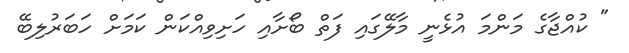
" ކުއްޖާގެ މަންމަ އުޅެނީ މާލޭގައި ފަތް ބޯށާއި ހަށިވިއްކަން ކަމަށް ހަބަރުލިބޭ